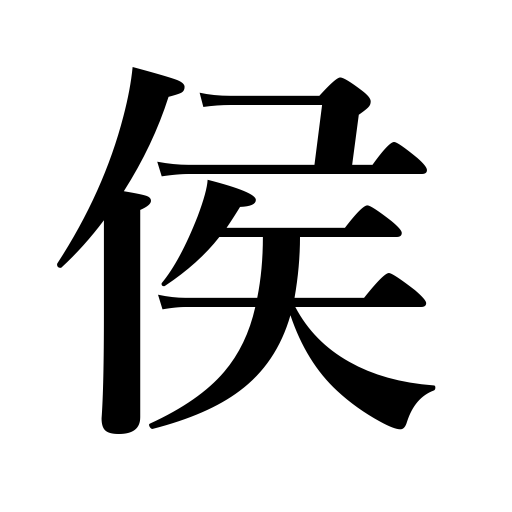
Meanings: marquis,load,daimyo